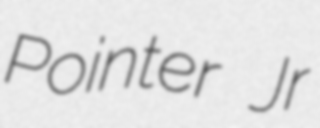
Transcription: Pointer Jr